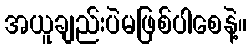
အယူချည်းပဲမဖြစ်ပါစေနဲ့။